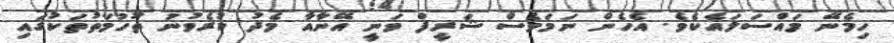
ހިމެނޭ މައްސަލައެކެވެ. އެހެން ނަމަވެސް ޝަރީފް ވަނީ އޭނާއާ މެދު ކުރެވުނު ތުހުމަތުތަކުގައި